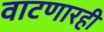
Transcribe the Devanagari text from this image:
वाटणारही